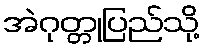
အဲဂုတ္တုပြည်သို့